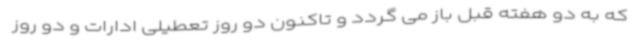
که به دو هفته قبل باز می گردد و تاکنون دو روز تعطیلی ادارات و دو روز